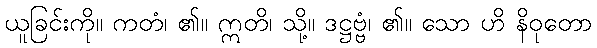
ယူခြင်းကို။ ကတံ၊ ၏။ ဣတိ၊ သို့။ ဒဋ္ဌဗ္ဗံ၊ ၏။ သော ဟိ နိဝုတော